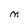
Character: M